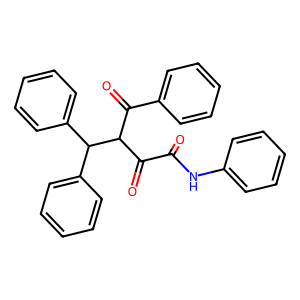
SMILES: O=C(Nc1ccccc1)C(=O)C(C(=O)c1ccccc1)C(c1ccccc1)c1ccccc1
Inhibits HIV replication: No